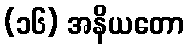
(၁၆) အနိယတော